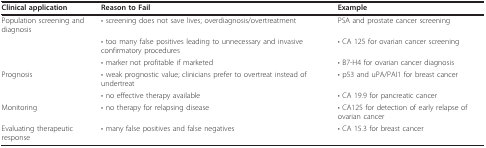
| Clinical application | Reason to Fail | Example |
 | --- | --- | --- |
 | Population screening and diagnosis | • screening does not save lives; overdiagnosis/overtreatment | PSA and prostate cancer screening |
 |  | • too many false positives leading to unnecessary and invasive confirmatory procedures | • CA 125 for ovarian cancer screening |
 |  | • marker not profitable if marketed | • B7-H4 for ovarian cancer diagnosis |
 | Prognosis | • weak prognostic value; clinicians prefer to overtreat instead of undertreat | • p53 and uPA/PAI1 for breast cancer |
 |  | • no effective therapy available | • CA 19.9 for pancreatic cancer |
 | Monitoring | • no therapy for relapsing disease | • CA125 for detection of early relapse of ovarian cancer |
 | Evaluating therapeutic response | • many false positives and false negatives | • CA 15.3 for breast cancer |